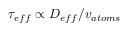
\tau _ { e f f } \propto D _ { e f f } / v _ { a t o m s }